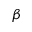
\beta